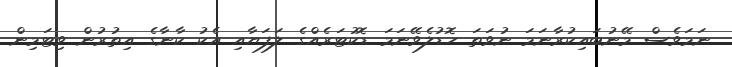
ނަމަވެސް މޭނުބައިކުރާނަމަ ނުވަތަ ހޮޑުލެވޭނަމަ ޑޮކުޓަރެއްގެ ލަފަޔާއި އެކު ކާނާގެ އިތުރުން ވިޓަމިން